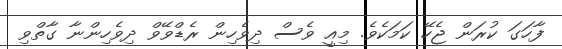
ފާހަގަ ކުރަން ޖެހޭ ކަމަކެވެ. މިއީ ވެސް ދިވެހިން ރެޑްވޭވް ދިވެހިންނާ ގާތްވި